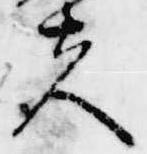
夫